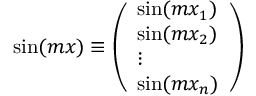
\begin{array} { r } { \sin ( m x ) \equiv \left( \begin{array} { l } { \sin ( m x _ { 1 } ) } \\ { \sin ( m x _ { 2 } ) } \\ { \vdots } \\ { \sin ( m x _ { n } ) } \end{array} \right) } \end{array}